65_HS1-834228961_62-HQ-83894_Section_7
Agency: FBI
Page 79
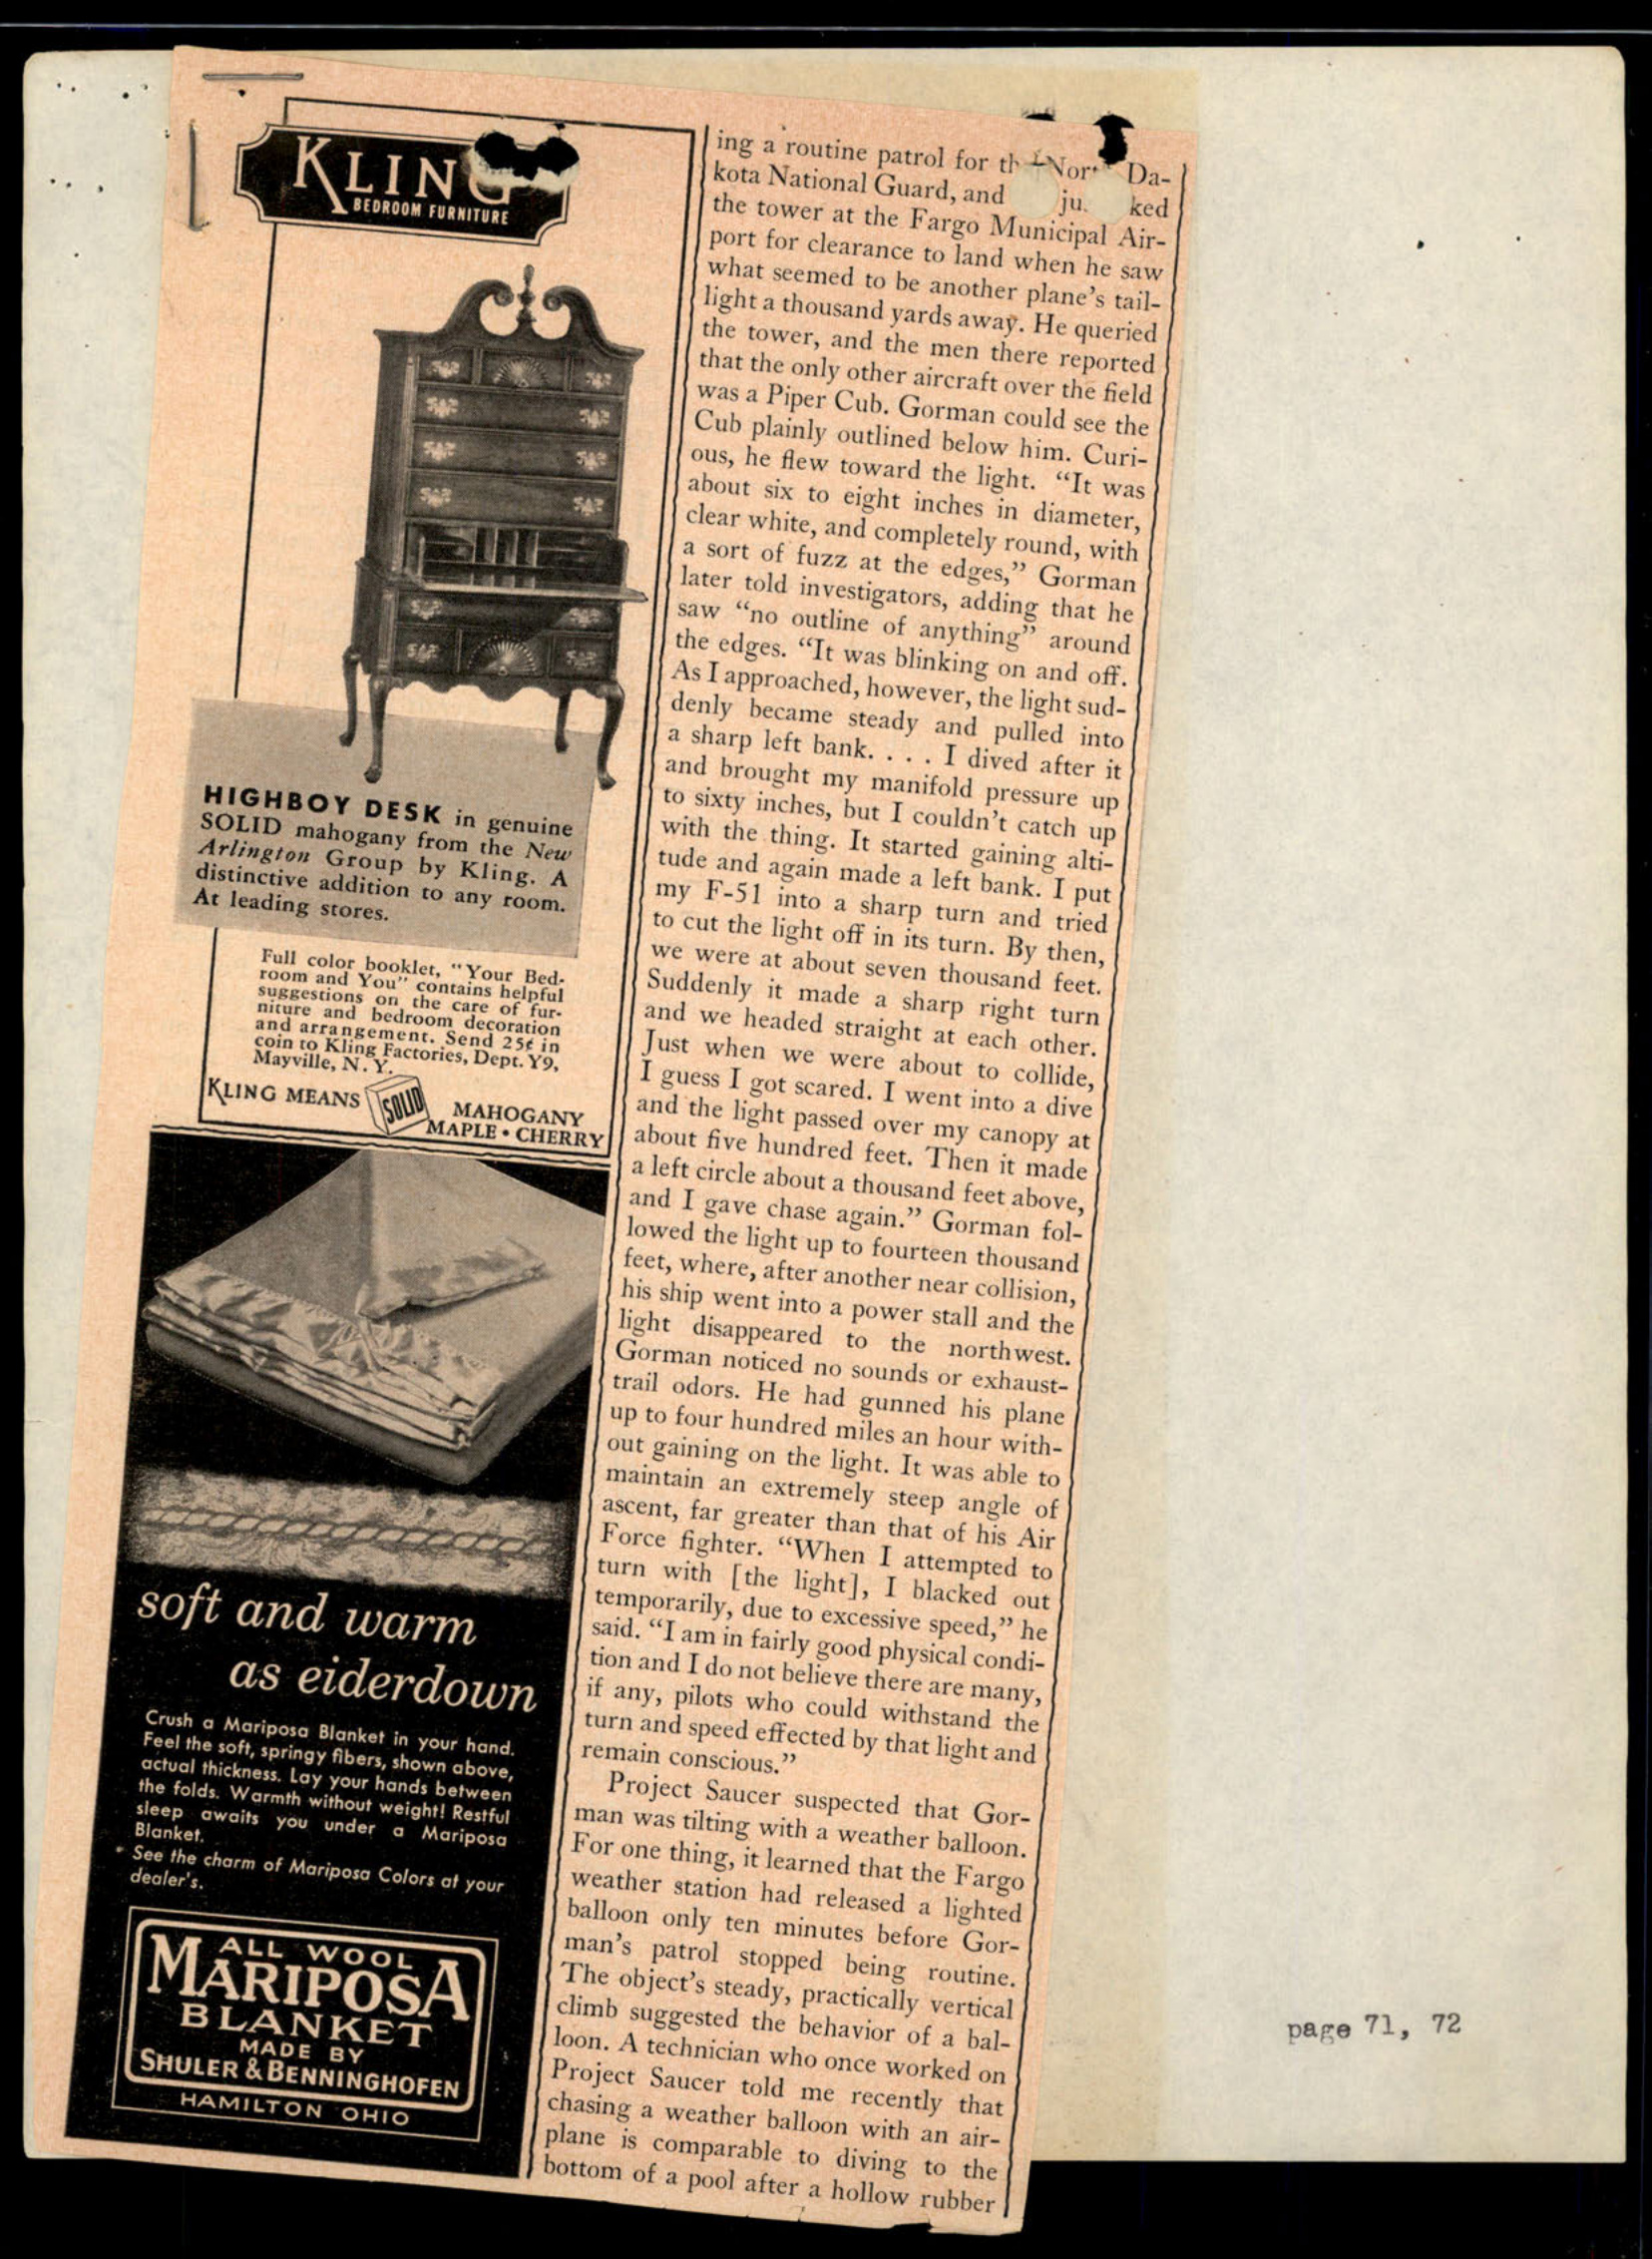